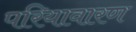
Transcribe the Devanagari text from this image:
परियावारण